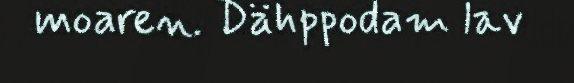
moaren. Dähppodam lav